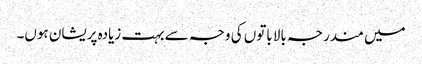
میں مندرجہ بالا باتوں کی وجہ سے بہت زیادہ پریشان ہوں۔